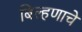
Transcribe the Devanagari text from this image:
बिल्हणाचे